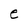
Character: e